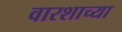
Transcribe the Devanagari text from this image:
वारशाच्‍या